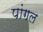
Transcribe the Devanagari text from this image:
पांगल